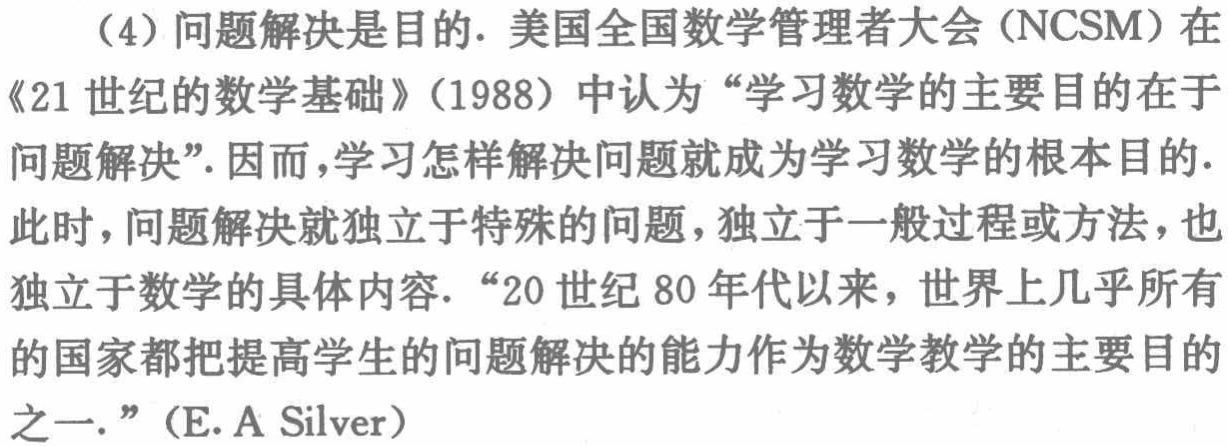
（4）问题解决是目的. 美国全国数学管理者大会（NCSM）在《21 世纪的数学基础》（1988）中认为“学习数学的主要目的在于问题解决”. 因而，学习怎样解决问题就成为学习数学的根本目的. 此时，问题解决就独立于特殊的问题，独立于一般过程或方法，也独立于数学的具体内容. “20 世纪 80 年代以来，世界上几乎所有的国家都把提高学生的问题解决的能力作为数学教学的主要目的之一.”（E. A Silver）